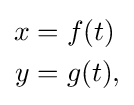
{\begin{aligned}x&=f(t)\\y&=g(t),\end{aligned}}